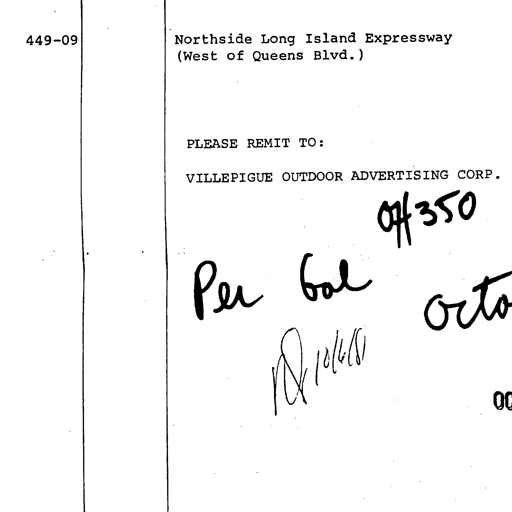
449-09 Northside Long Island Expressway
(West of Queens Blvd.)

PLEASE REMIT TO:

VILLEPIGUE OUTDOOR ADVERTISING CORP.

07/350
Per bal
Octo
RD 10/6/81
00